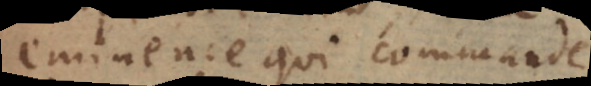
eminence qui commande